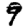
Digit: 9